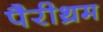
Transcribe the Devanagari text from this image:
पैरीथ्रम